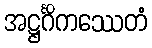
အဋ္ဌင်္ဂိကဿေတံ